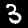
Label: 3